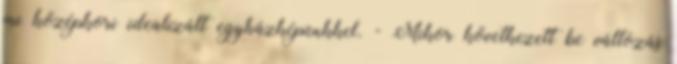
mi középkori idealizált egyházképünkkel. - Mikor következett be változás